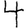
Digit: 4